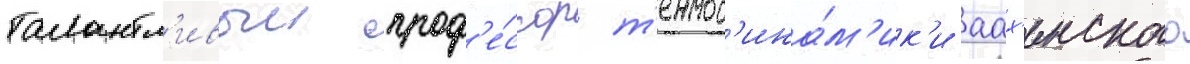
талантл'ивыи проф'е́ссор т'ермод'ина́м'ик'и аах'енского